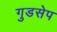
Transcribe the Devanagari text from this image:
गुडसेप